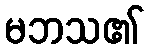
မဘသ၏